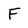
Character: F